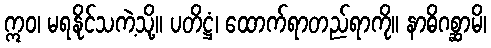
ဣဝ၊ မရနိုင်သကဲ့သို့။ ပတိဋ္ဌံ၊ ထောက်ရာတည်ရာကို။ နာဓိဂစ္ဆာမိ၊